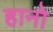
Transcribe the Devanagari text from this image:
हानो